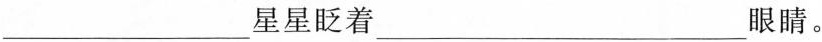
___星星眨着___眼睛。